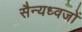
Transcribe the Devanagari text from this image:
सैन्यध्वजों